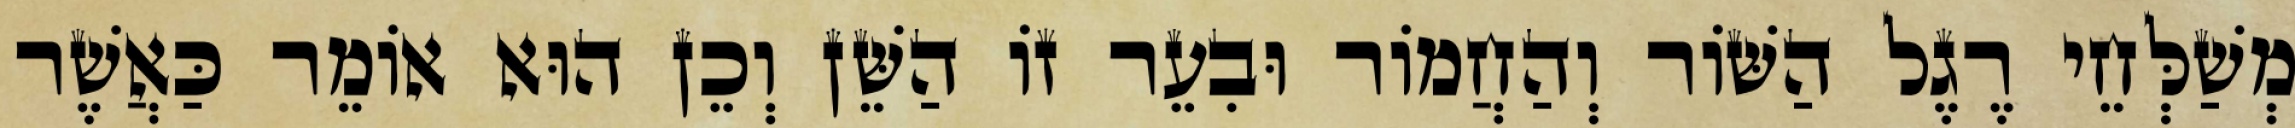
מְשַׁלְּחֵי רֶגֶל הַשּׁוֹר וְהַחֲמוֹר וּבִעֵר זוֹ הַשֵּׁן וְכֵן הוּא אוֹמֵר כַּאֲשֶׁר